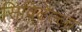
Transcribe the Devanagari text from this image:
सिविटेल्ला